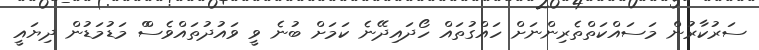
ސަރުކާރުން މަސައްކަތްތެރިންނަށް ހައްގުތައް ހޯދައިދޭނެ ކަމަށް ބުނެ ވީ ވައުދުތައްވެސްް މަޑުމަޑުން ދިޔައީ